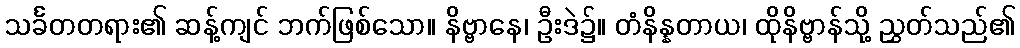
သင်္ခတတရား၏ ဆန့်ကျင် ဘက်ဖြစ်သော။ နိဗ္ဗာနေ၊ ဦးဒဲ၌။ တံနိန္နတာယ၊ ထိုနိဗ္ဗာန်သို့ ညွှတ်သည်၏